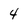
Character: 4